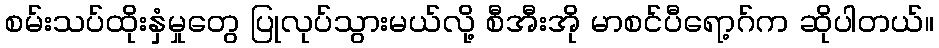
စမ်းသပ်ထိုးနှံမှုတွေ ပြုလုပ်သွားမယ်လို့ စီအီးအို မာစင်ပီရော့ဂ်က ဆိုပါတယ်။